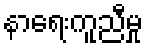
နာရေးကူညီမှု